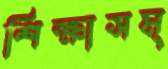
শিক্ষাসম্